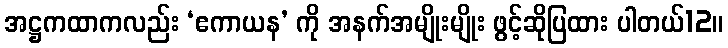
အဋ္ဌကထာကလည်း ‘ဧကာယန’ ကို အနက်အမျိုးမျိုး ဖွင့်ဆိုပြထား ပါတယ်12။